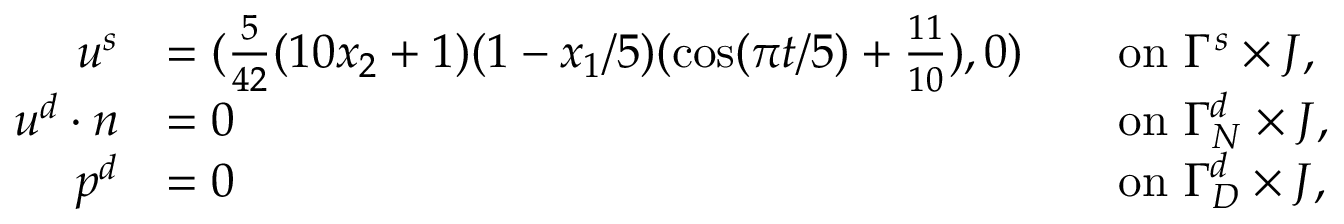
\begin{array} { r l r l } { u ^ { s } } & { = ( \frac { 5 } { 4 2 } ( 1 0 x _ { 2 } + 1 ) ( 1 - x _ { 1 } / 5 ) ( \cos ( \pi t / 5 ) + \frac { 1 1 } { 1 0 } ) , 0 ) } & & { \mathrm { o n ~ } \Gamma ^ { s } \times J , } \\ { u ^ { d } \cdot n } & { = 0 } & & { \mathrm { o n ~ } \Gamma _ { N } ^ { d } \times J , } \\ { p ^ { d } } & { = 0 } & & { \mathrm { o n ~ } \Gamma _ { D } ^ { d } \times J , } \end{array}